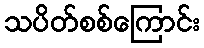
သပိတ်စစ်ကြောင်း